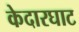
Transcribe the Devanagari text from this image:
केदारघाट